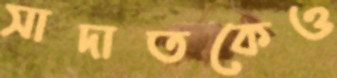
সাদাতকেও